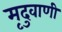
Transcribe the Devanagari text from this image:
मृदुवाणी